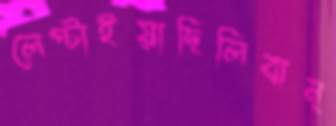
লেপ্‌টাইয়াছিলিবান্